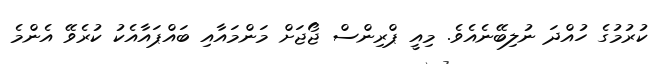
ކުރުމުގެ ހުއްދަ ނުލިބޭނެއެވެ. މިއީ ޕްރިންސް ޖޯޖަށް މަންމައާއި ބައްޕައާއެކު ކުރެވޭ އެންމެ